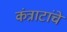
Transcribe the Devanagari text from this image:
कंत्राटांचे